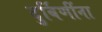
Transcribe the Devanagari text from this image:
दुर्बिणींना